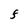
Character: F